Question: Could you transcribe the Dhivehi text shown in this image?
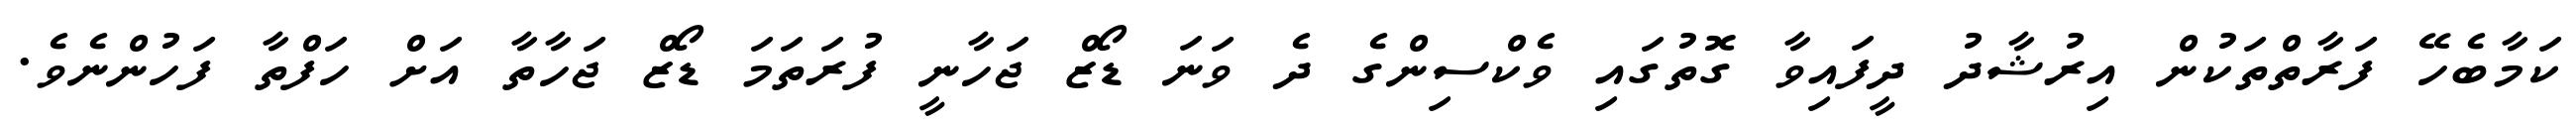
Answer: ކަމާބެހޭ ފަރާތްތަކުން އިރުޝާދު ދީފައިވާ ގޮތުގައި ވެކްސިންގެ ދެ ވަނަ ޑޯޒް ޖަހާނީ ފުރަތަމަ ޑޯޒް ޖަހާތާ އަށް ހަފްތާ ފަހުންނެވެ.